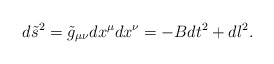
\begin{align*}d\tilde{s}^2=\tilde{g}_{\mu\nu}dx^\mu dx^\nu=-Bdt^2+dl^2.\end{align*}